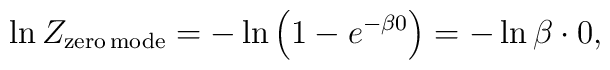
\ln Z_{\rm zero \, mode}=-\ln\left(1-e^{-\beta 0}\right)=-\ln\beta\cdot 0,